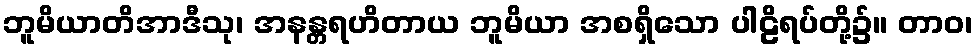
ဘူမိယာတိအာဒီသု၊ အနန္တရဟိတာယ ဘူမိယာ အစရှိသော ပါဠိရပ်တို့၌။ တာဝ၊